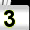
Digit: 3